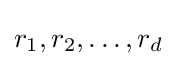
r_{1},r_{2},\ldots ,r_{d}